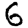
Digit: 6